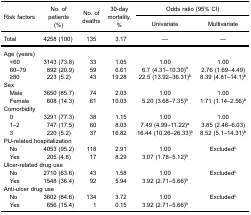
<table><thead><tr><td rowspan="3"><b>Risk factors</b></td><td rowspan="3"><b>No. ofpatients(%)</b></td><td rowspan="3"><b>No. ofdeaths</b></td><td rowspan="3"><b>30-daymortality,%</b></td><td colspan="2"><b>Odds ratio (95% CI)</b></td></tr><tr><td><b>Univariate</b></td><td><b>Multivariate</b></td></tr></thead><tbody><tr><td>Total</td><td>4258 (100)</td><td>135</td><td>3.17</td><td>—</td><td>—</td></tr><tr><td>Age (years)</td><td> </td><td> </td><td> </td><td> </td><td> </td></tr><tr><td> &lt;60</td><td>3143 (73.8)</td><td>33</td><td>1.05</td><td>1.00</td><td>1.00</td></tr><tr><td> 60–79</td><td>892 (20.9)</td><td>59</td><td>6.61</td><td>6.7 (4.31–10.30)<sup>a</sup></td><td>2.76 (1.69–4.49)</td></tr><tr><td> ≥80</td><td>223 (5.2)</td><td>43</td><td>19.28</td><td>22.5 (13.92–36.31)<sup>b</sup></td><td>8.39 (4.81–14.1)<sup>b</sup></td></tr><tr><td>Sex</td><td> </td><td> </td><td> </td><td> </td><td> </td></tr><tr><td> Male</td><td>3650 (85.7)</td><td>74</td><td>2.03</td><td>1.00</td><td>1.00</td></tr><tr><td> Female</td><td>608 (14.3)</td><td>61</td><td>10.03</td><td>5.20 (3.68–7.35)<sup>b</sup></td><td>1.71 (1.14–2.56)<sup>b</sup></td></tr><tr><td>Comorbidity</td><td> </td><td> </td><td> </td><td> </td><td> </td></tr><tr><td> 0</td><td>3291 (77.3)</td><td>38</td><td>1.15</td><td>1.00</td><td>1.00</td></tr><tr><td> 1–2</td><td>747 (17.5)</td><td>60</td><td>8.03</td><td>7.49 (4.99–11.22)<sup>a</sup></td><td>3.85 (2.46–6.03)</td></tr><tr><td> 3</td><td>220 (5.2)</td><td>37</td><td>16.82</td><td>16.44 (10.26–26.33)<sup>b</sup></td><td>8.52 (5.1–14.31)<sup>b</sup></td></tr><tr><td colspan="2">PU-related hospitalization</td><td> </td><td> </td><td> </td><td> </td></tr><tr><td> No</td><td>4053 (95.2)</td><td>118</td><td>2.91</td><td>1.00</td><td>Excluded<sup>c</sup></td></tr><tr><td> Yes</td><td>205 (4.8)</td><td>17</td><td>8.29</td><td>3.07 (1.78–5.12)<sup>b</sup></td><td> </td></tr><tr><td colspan="2">Ulcer-related drug use</td><td> </td><td> </td><td> </td><td> </td></tr><tr><td> No</td><td>2710 (63.6)</td><td>43</td><td>1.58</td><td>1.00</td><td>Excluded<sup>c</sup></td></tr><tr><td> Yes</td><td>1548 (36.4)</td><td>92</td><td>5.94</td><td>3.92 (2.71–5.66)<sup>b</sup></td><td> </td></tr><tr><td colspan="2">Anti-ulcer drug use</td><td> </td><td> </td><td> </td><td> </td></tr><tr><td> No</td><td>3602 (84.6)</td><td>134</td><td>3.72</td><td>1.00</td><td>Excluded<sup>c</sup></td></tr><tr><td> Yes</td><td>656 (15.4)</td><td>1</td><td>0.15</td><td>3.92 (2.71–5.66)<sup>b</sup></td><td> </td></tr></tbody></table>